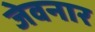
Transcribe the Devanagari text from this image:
जेवनार